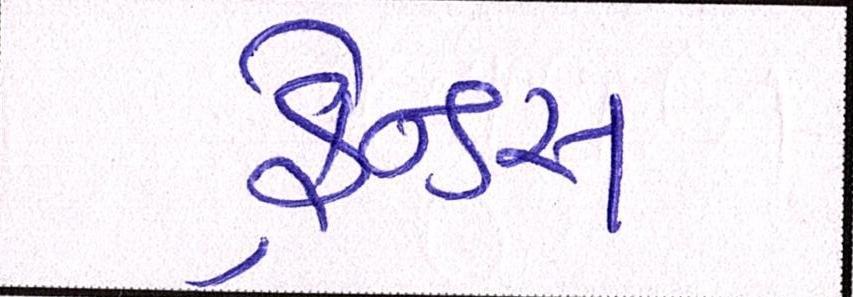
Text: ફ્રેન્ડ્સ